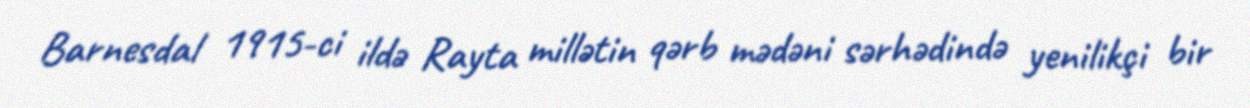
Barnesdal 1915-ci ildə Rayta millətin qərb mədəni sərhədində yenilikçi bir